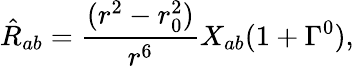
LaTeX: \hat{R}_{ab}=\frac{(r^{2}-r_{0}^{2})}{r^{6}}X_{ab}(1+\Gamma^{0}),